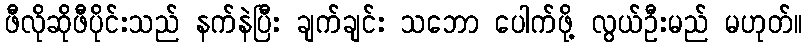
ဖီလိုဆိုဖီပိုင်းသည် နက်နဲပြီး ချက်ချင်း သဘော ပေါက်ဖို့ လွယ်ဦးမည် မဟုတ်။